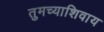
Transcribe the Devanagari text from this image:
तुमच्याशिवाय